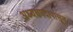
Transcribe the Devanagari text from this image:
अध्यक्षपदापासून